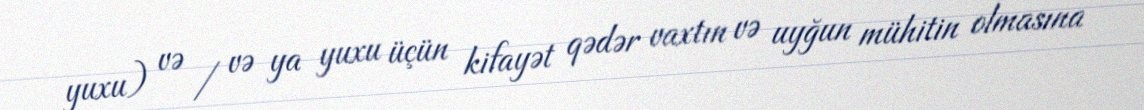
yuxu) və / və ya yuxu üçün kifayət qədər vaxtın və uyğun mühitin olmasına